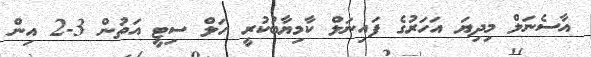
އާސެނަލް މިދިޔަ އަހަރުގެ ފައިނަލް ކާމިޔާބުކުރީ ހަލް ސިޓީ އަތުން 3-2 އިން